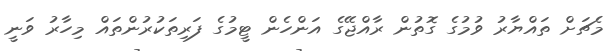
މެޗަށް ތައްޔާރު ވުމުގެ ގޮތުން ރާއްޖޭގެ އަންހެން ޓީމުގެ ފަރިތަކުރުންތައް މިހާރު ވަނީ